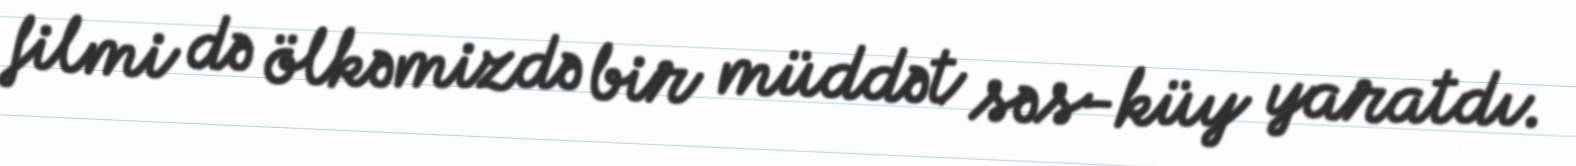
filmi də ölkəmizdə bir müddət səs-küy yaratdı.